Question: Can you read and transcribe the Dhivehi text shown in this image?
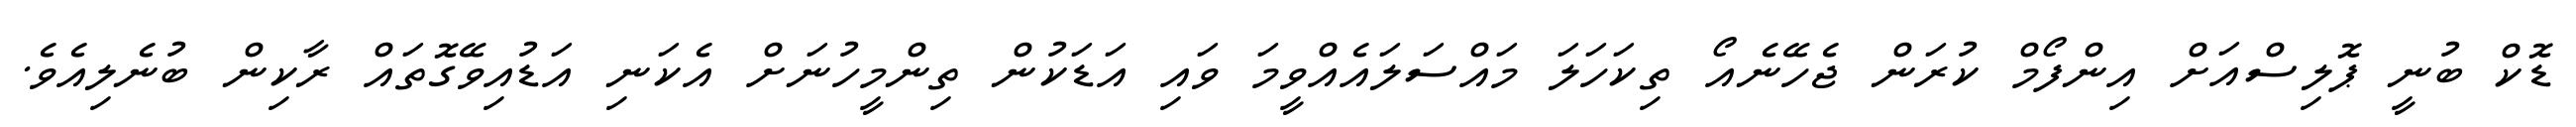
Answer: ޑޮކް ބުނީ ޕޮލިސްއަށް އިންފޯމް ކުރަން ޖެހޭނެއޯ ތިކަހަލަ މައްސަލައެއްވީމަ ވައި އަޑަކުން ތިންމީހުނަށް އެކަނި އަޑުއިވޭގޮތައް ރާކިން ބުނެލިއެވެ.